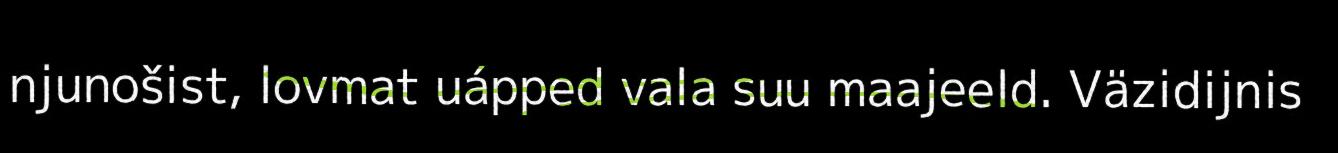
njunošist, lovmat uápped vala suu maajeeld. Väzidijnis